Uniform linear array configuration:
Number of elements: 16
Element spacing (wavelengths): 1
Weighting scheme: uniform
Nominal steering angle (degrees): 0
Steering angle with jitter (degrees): -1.359
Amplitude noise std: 0.05
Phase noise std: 0.05

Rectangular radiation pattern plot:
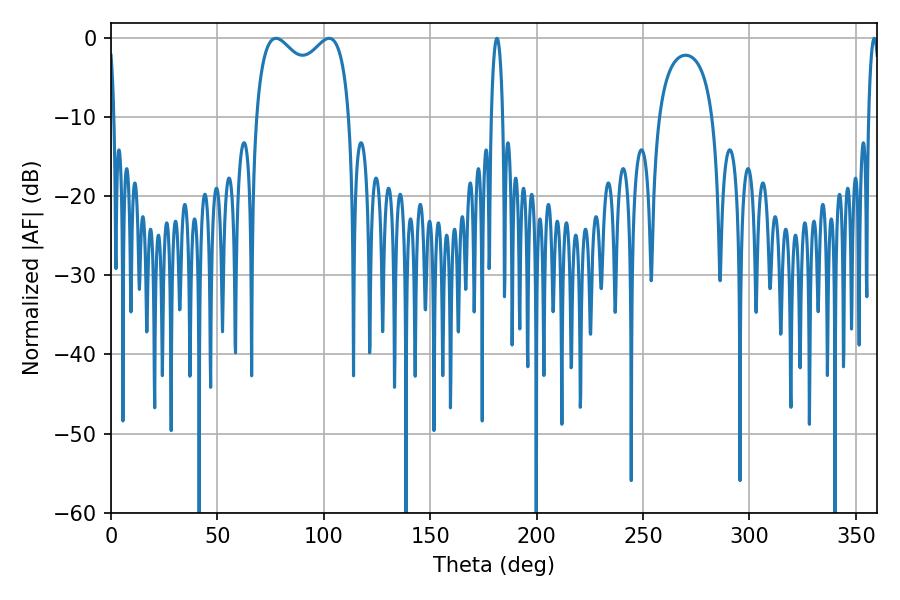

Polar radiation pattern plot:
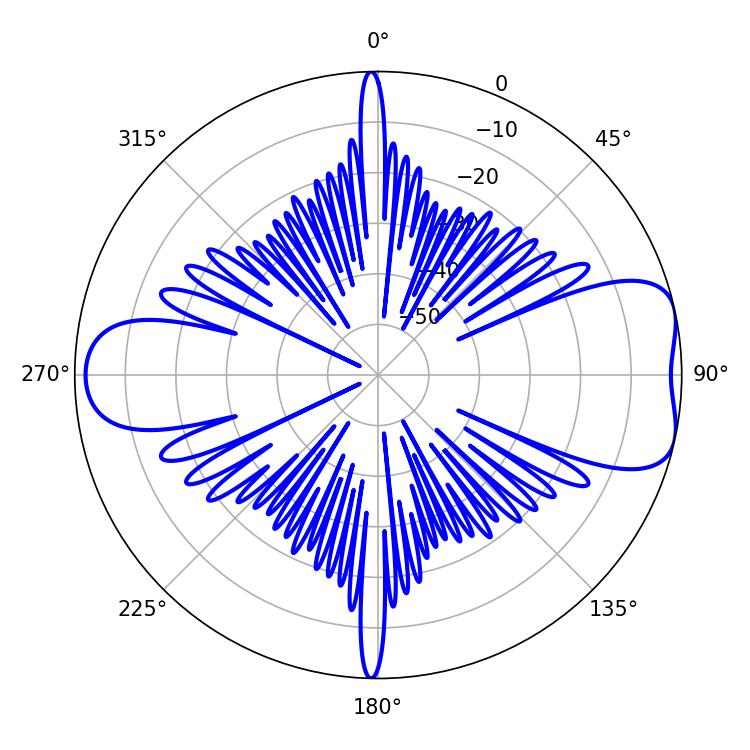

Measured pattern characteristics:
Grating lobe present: TRUE
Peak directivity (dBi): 7.588
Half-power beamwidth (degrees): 36.72
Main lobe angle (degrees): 77.58